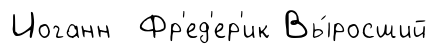
Иоганн Фр'ед'ер'ик Вы́росший